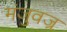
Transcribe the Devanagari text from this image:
मंजुवज्र